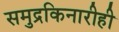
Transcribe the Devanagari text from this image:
समुद्रकिनारीही